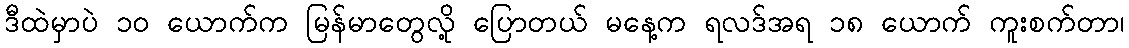
ဒီထဲမှာပဲ ၁၀ ယောက်က မြန်မာတွေလို့ ပြောတယ် မနေ့က ရလဒ်အရ ၁၈ ယောက် ကူးစက်တာ၊